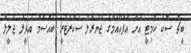
ބީޗް ސޮކަ ކޮމިޓީ އަށް އެފްއޭއެމްގެ ޖެނެރަލް ސެކްރެޓަރީ ބައްސާމް އަދީލް ޖަލީލް